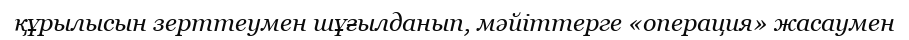
құрылысын зерттеумен шұғылданып, мәйіттерге «операция» жасаумен